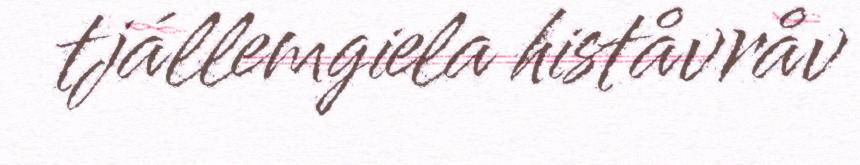
tjállemgiela histåvråv